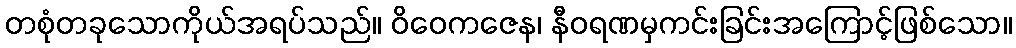
တစုံတခုသောကိုယ်အရပ်သည်။ ဝိဝေကဇေန၊ နီဝရဏမှကင်းခြင်းအကြောင့်ဖြစ်သော။